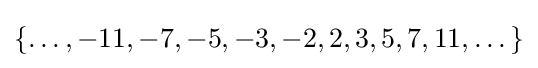
\{\dots ,-11,-7,-5,-3,-2,2,3,5,7,11,\dots \}